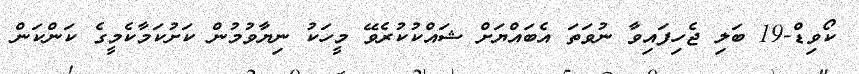
ކޯވިޑް-19 ބަލި ޖެހިފައިވާ ނުވަތަ އެބައްޔަށް ޝައްކުކުރެވޭ މީހަކު ނިޔާވުމުން ކަށުކަމާކެމީގެ ކަންކަން